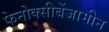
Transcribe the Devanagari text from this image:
फेनोक्सीबेंजामीन